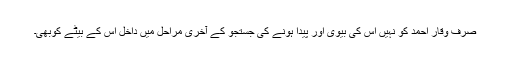
صرف وقار احمد کو نہیں اس کی بیوی اور پیدا ہونے کی جستجو کے آخری مراحل میں داخل اس کے بیٹے کوبھی۔